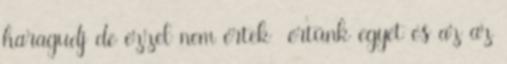
haragudj de ezzel nem értek értünk egyet és az az